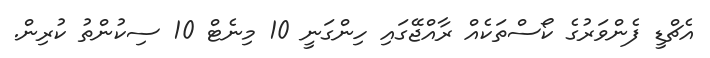
އެޗްޑީ ފެންވަރުގެ ކޯސްތަކެއް ރާއްޖޭގައި ހިންގަނީ 10 މިނެޓް 10 ސިކުންތު ކުރިން.